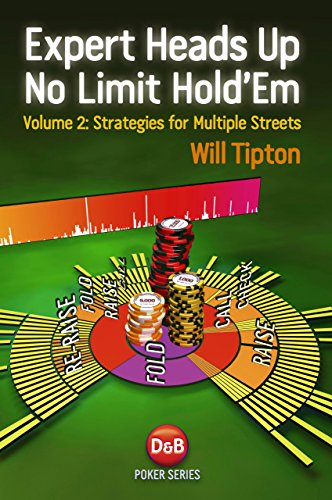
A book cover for Expert Heads Up No Limit Hold'em Play: Strategies For Multiple Streets (Volume 2); Will Tipton; Humor & Entertainment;